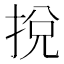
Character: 挩